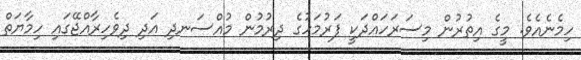
ހިމެނެއެވެ. މީގެ އިތުރުން މިސަރަހައްދަކީ ފަރުމަހުގެ ދިރުމުން މުއްސަނދި އަދި ދިވެހިރާއްޖޭގައި ހިމާޔަތް